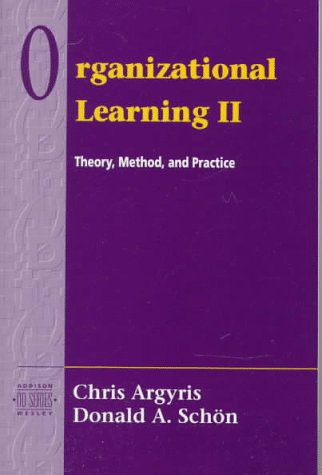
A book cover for Organizational Learning II: Theory, Method, and Practice; Chris Argyris; Business & Money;